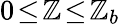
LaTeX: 0\! \le\! \mathbb{Z}\! \le\! \mathbb{Z}_{b}